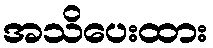
အသိပေးထား